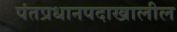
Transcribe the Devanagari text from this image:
पंतप्रधानपदाखालील